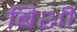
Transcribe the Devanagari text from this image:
बिशी